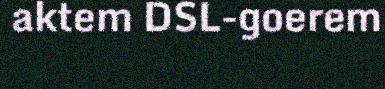
aktem DSL-goerem